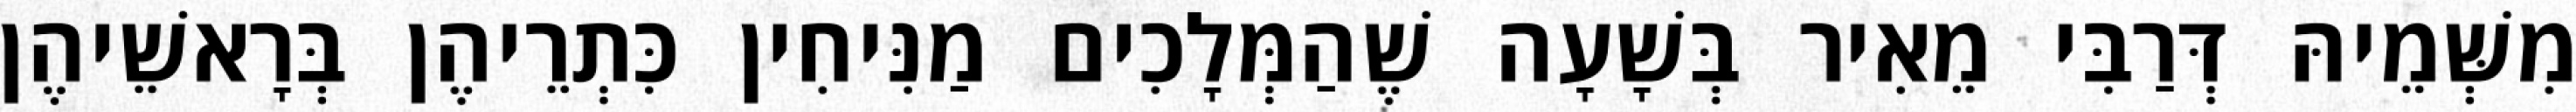
מִשְּׁמֵיהּ דְּרַבִּי מֵאִיר בְּשָׁעָה שֶׁהַמְּלָכִים מַנִּיחִין כִּתְרֵיהֶן בְּרָאשֵׁיהֶן